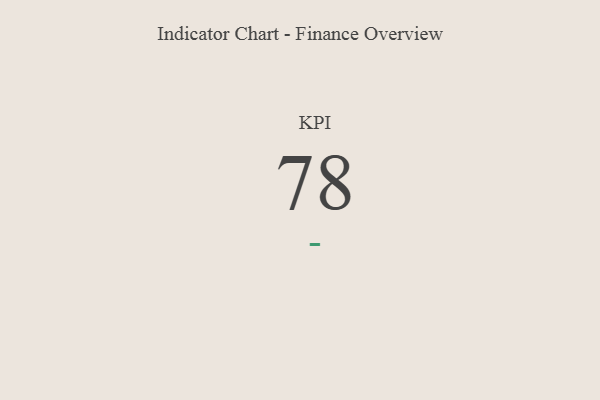
{"axis": {"x": "KPI", "y": "Value"}, "legend": [""], "data": [{"x": "KPI", "y": 78, "type": ""}]}